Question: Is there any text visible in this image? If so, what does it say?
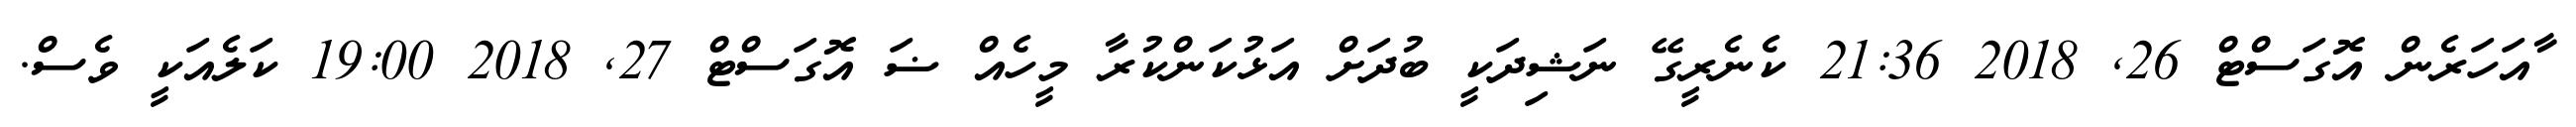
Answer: ާއަހަރެން އޮގަސްޓް 26, 2018 21:36 ކެނެރީގޭ ނަޝިދަކީ ބުދަށް އަޅުކަންކުރާ މީހެއް ޟަ އޮގަސްޓް 27, 2018 19:00 ކަލެއަކީ ވެސް.